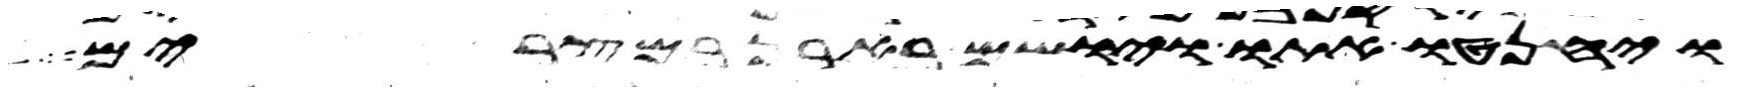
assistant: ויחנטו אתו ויושם בארן במצרים